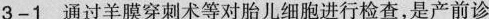
3-1 通过羊膜穿刺术等对胎儿细胞进行检查，是产前诊